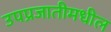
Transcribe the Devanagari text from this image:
उपप्रजातीमधील